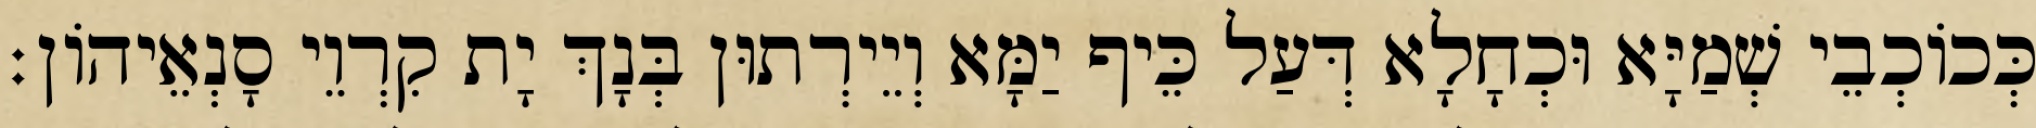
כְּכוֹכְבֵי שְׁמַיָּא וּכְחָלָא דְּעַל כֵּיף יַמָּא וְיֵירְתוּן בְּנָךְ יָת קִרְוֵי סָנְאֵיהוֹן׃